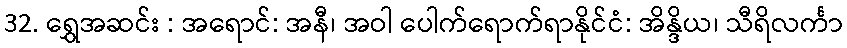
32. ရွှေအဆင်း : အရောင်: အနီ၊ အဝါ ပေါက်ရောက်ရာနိုင်ငံ: အိန္ဒိယ၊ သီရိလင်္ကာ